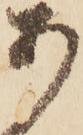
あ